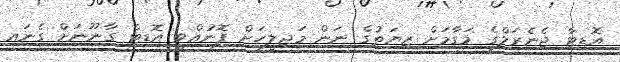
އޮޑިޓާ ޖެނެރަލްގެ މަގާމަށް ޒިޔަތުގެ ނަން މަޖިލީހަށް ފޮނުއްވީ އޮޑިޓް ގާނޫނަށް ގެނައި